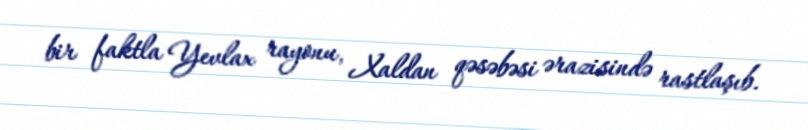
bir faktla Yevlax rayonu, Xaldan qəsəbəsi ərazisində rastlaşıb.